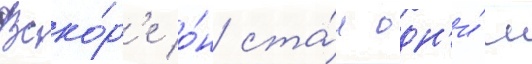
Вско́р'е о́н ста́л одн'и́м